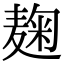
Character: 麹